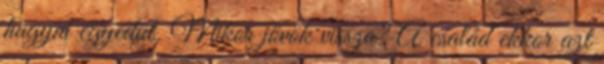
hagyni egyedül. Mikor jövök vissza? A család ekkor azt